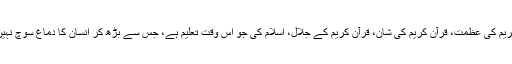
قرآن کریم کی عظمت، قرآن کریم کی شان، قرآن کریم کے جلال، اسلام کی جو اس وقت تعلیم ہے، جس سے بڑھ کر انسان کا دماغ سوچ نہیں سکتا۔